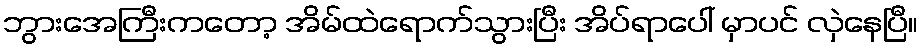
ဘွားအေကြီးကတော့ အိမ်ထဲရောက်သွားပြီး အိပ်ရာပေါ် မှာပင် လှဲနေပြီ။